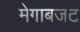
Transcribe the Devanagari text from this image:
मेगाबजट